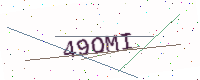
Text: 49OMI